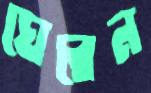
ঘেরেন